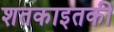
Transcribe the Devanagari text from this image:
शतकाइतकी